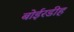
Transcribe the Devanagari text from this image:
बोईरडीह